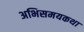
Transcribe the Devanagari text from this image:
अभिसमयकथा